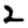
Digit: 2